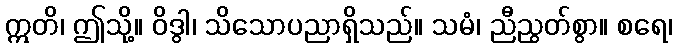
ဣတိ၊ ဤသို့။ ဝိဒွါ၊ သိသောပညာရှိသည်။ သမံ၊ ညီညွတ်စွာ။ စရေ၊